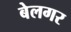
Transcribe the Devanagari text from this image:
बेलगर